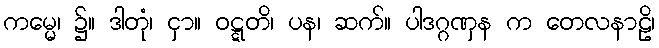
ကမ္မေ၊ ၌။ ဒါတုံ၊ ငှာ။ ဝဋ္ဋတိ၊ ပန၊ ဆက်။ ပါဒဂ္ဂဏှန က တေလနာဠိ၊